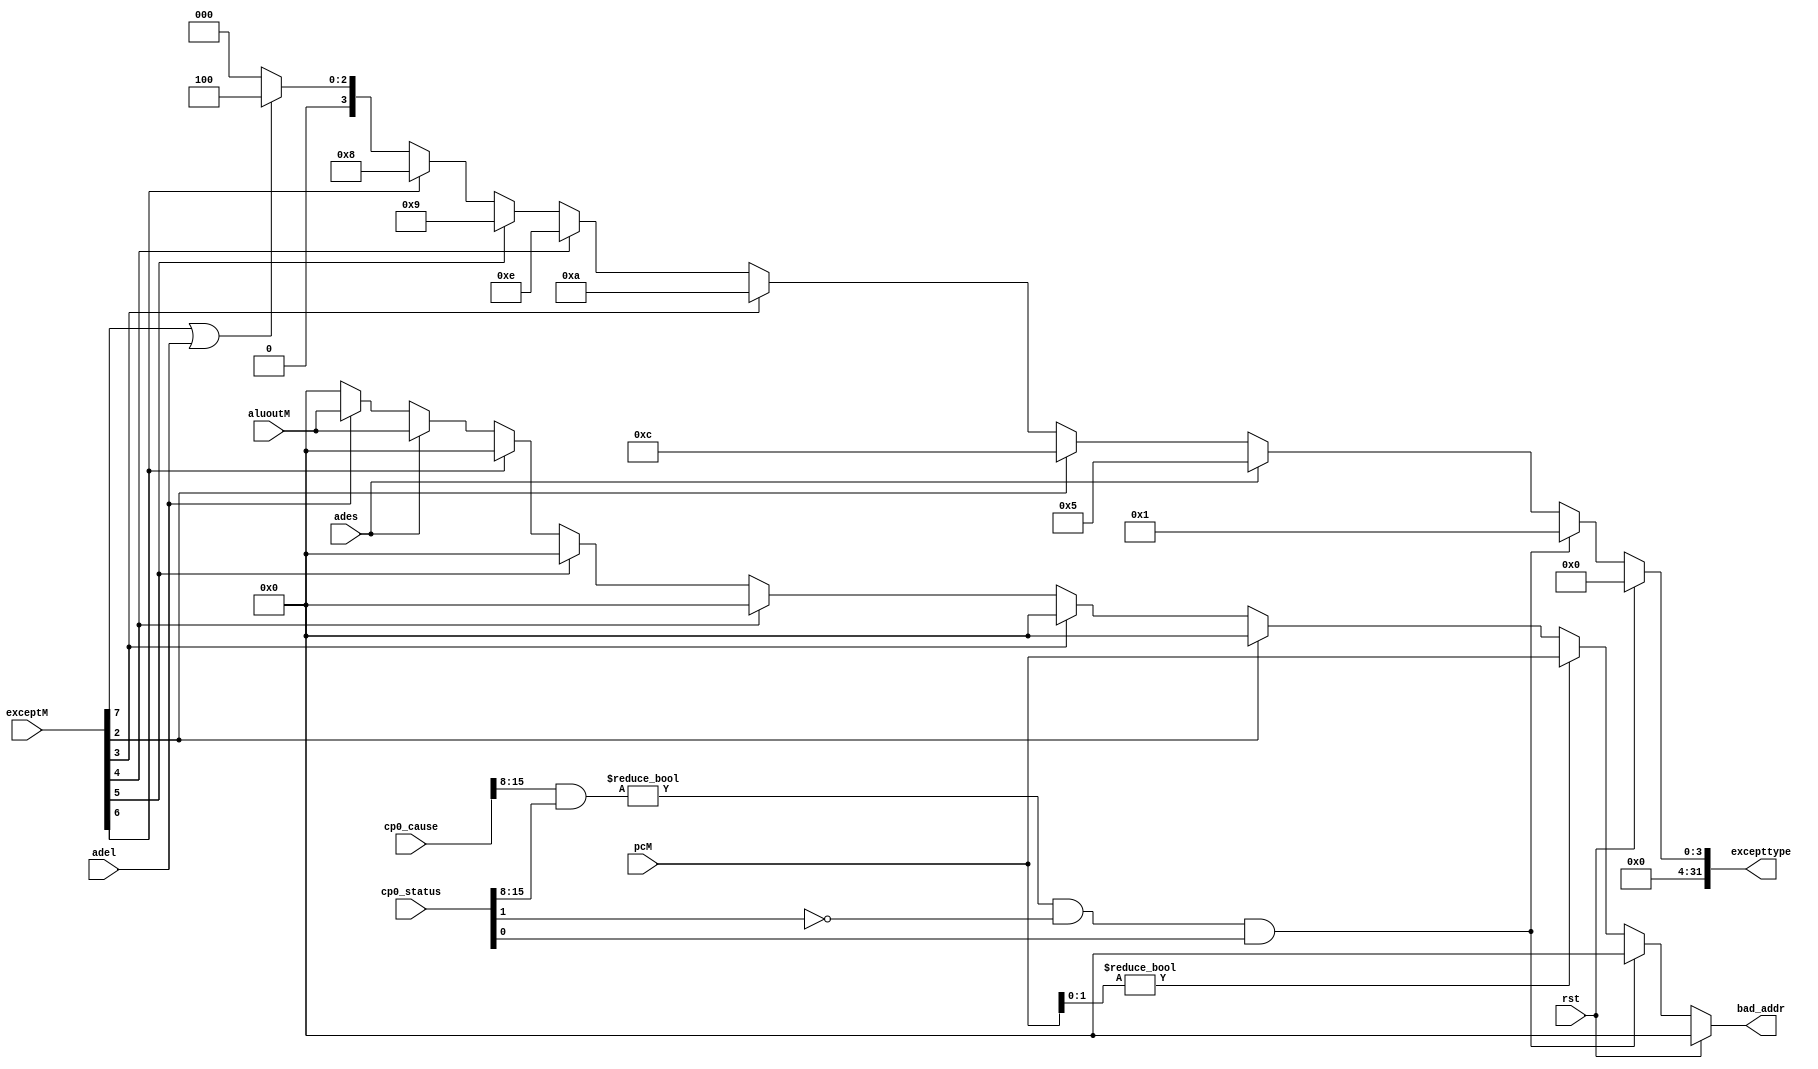
/*exception
    IF,ID,EXE,MEM?MEM
*/
`timescale 1ns / 1ps

module exception(
	input rst,
	input [7:0] exceptM,
	input [31:0] pcM,
	input adel,ades,
	input wire[31:0] cp0_status,cp0_cause,aluoutM,
	output wire [31:0] excepttype,bad_addr
    );
	// exception type
	assign excepttype = (rst)? 32'h0000_0000:
	                      ((cp0_cause[15:8] & cp0_status[15:8]) != 8'h00 && cp0_status[1] == 1'b0 && cp0_status[0] == 1'b1)? 32'h0000_0001: // interrupt
						  (ades==1'b1)?       32'h0000_0005: // syscall
						  (exceptM[2]==1'b1)? 32'h0000_000c: // 
						  (exceptM[3]==1'b1)? 32'h0000_000a: // reserve
						  (exceptM[4]==1'b1)? 32'h0000_000e: // errot
						  (exceptM[5]==1'b1)? 32'h0000_0009: // break
						  (exceptM[6]==1'b1)? 32'h0000_0008: // 
						  (exceptM[7]==1'b1||adel)? 32'h0000_0004: // adel
						  32'h0;
        assign bad_addr = (rst)? 32'h0:
                      ((cp0_cause[15:8] & cp0_status[15:8]) != 8'h00 && cp0_status[1] == 1'b0 && cp0_status[0] == 1'b1)? 32'h0:
                      (pcM[1:0]!=2'b00)? pcM:
                      (exceptM[2])? 32'h0:
                      (exceptM[3])? 32'h0:
                      (exceptM[4])? 32'h0:
                      (exceptM[5])? 32'h0:
                      (exceptM[6])? 32'h0:
                      (ades)? aluoutM:
                      (adel)? aluoutM:
                      32'h0;
endmodule